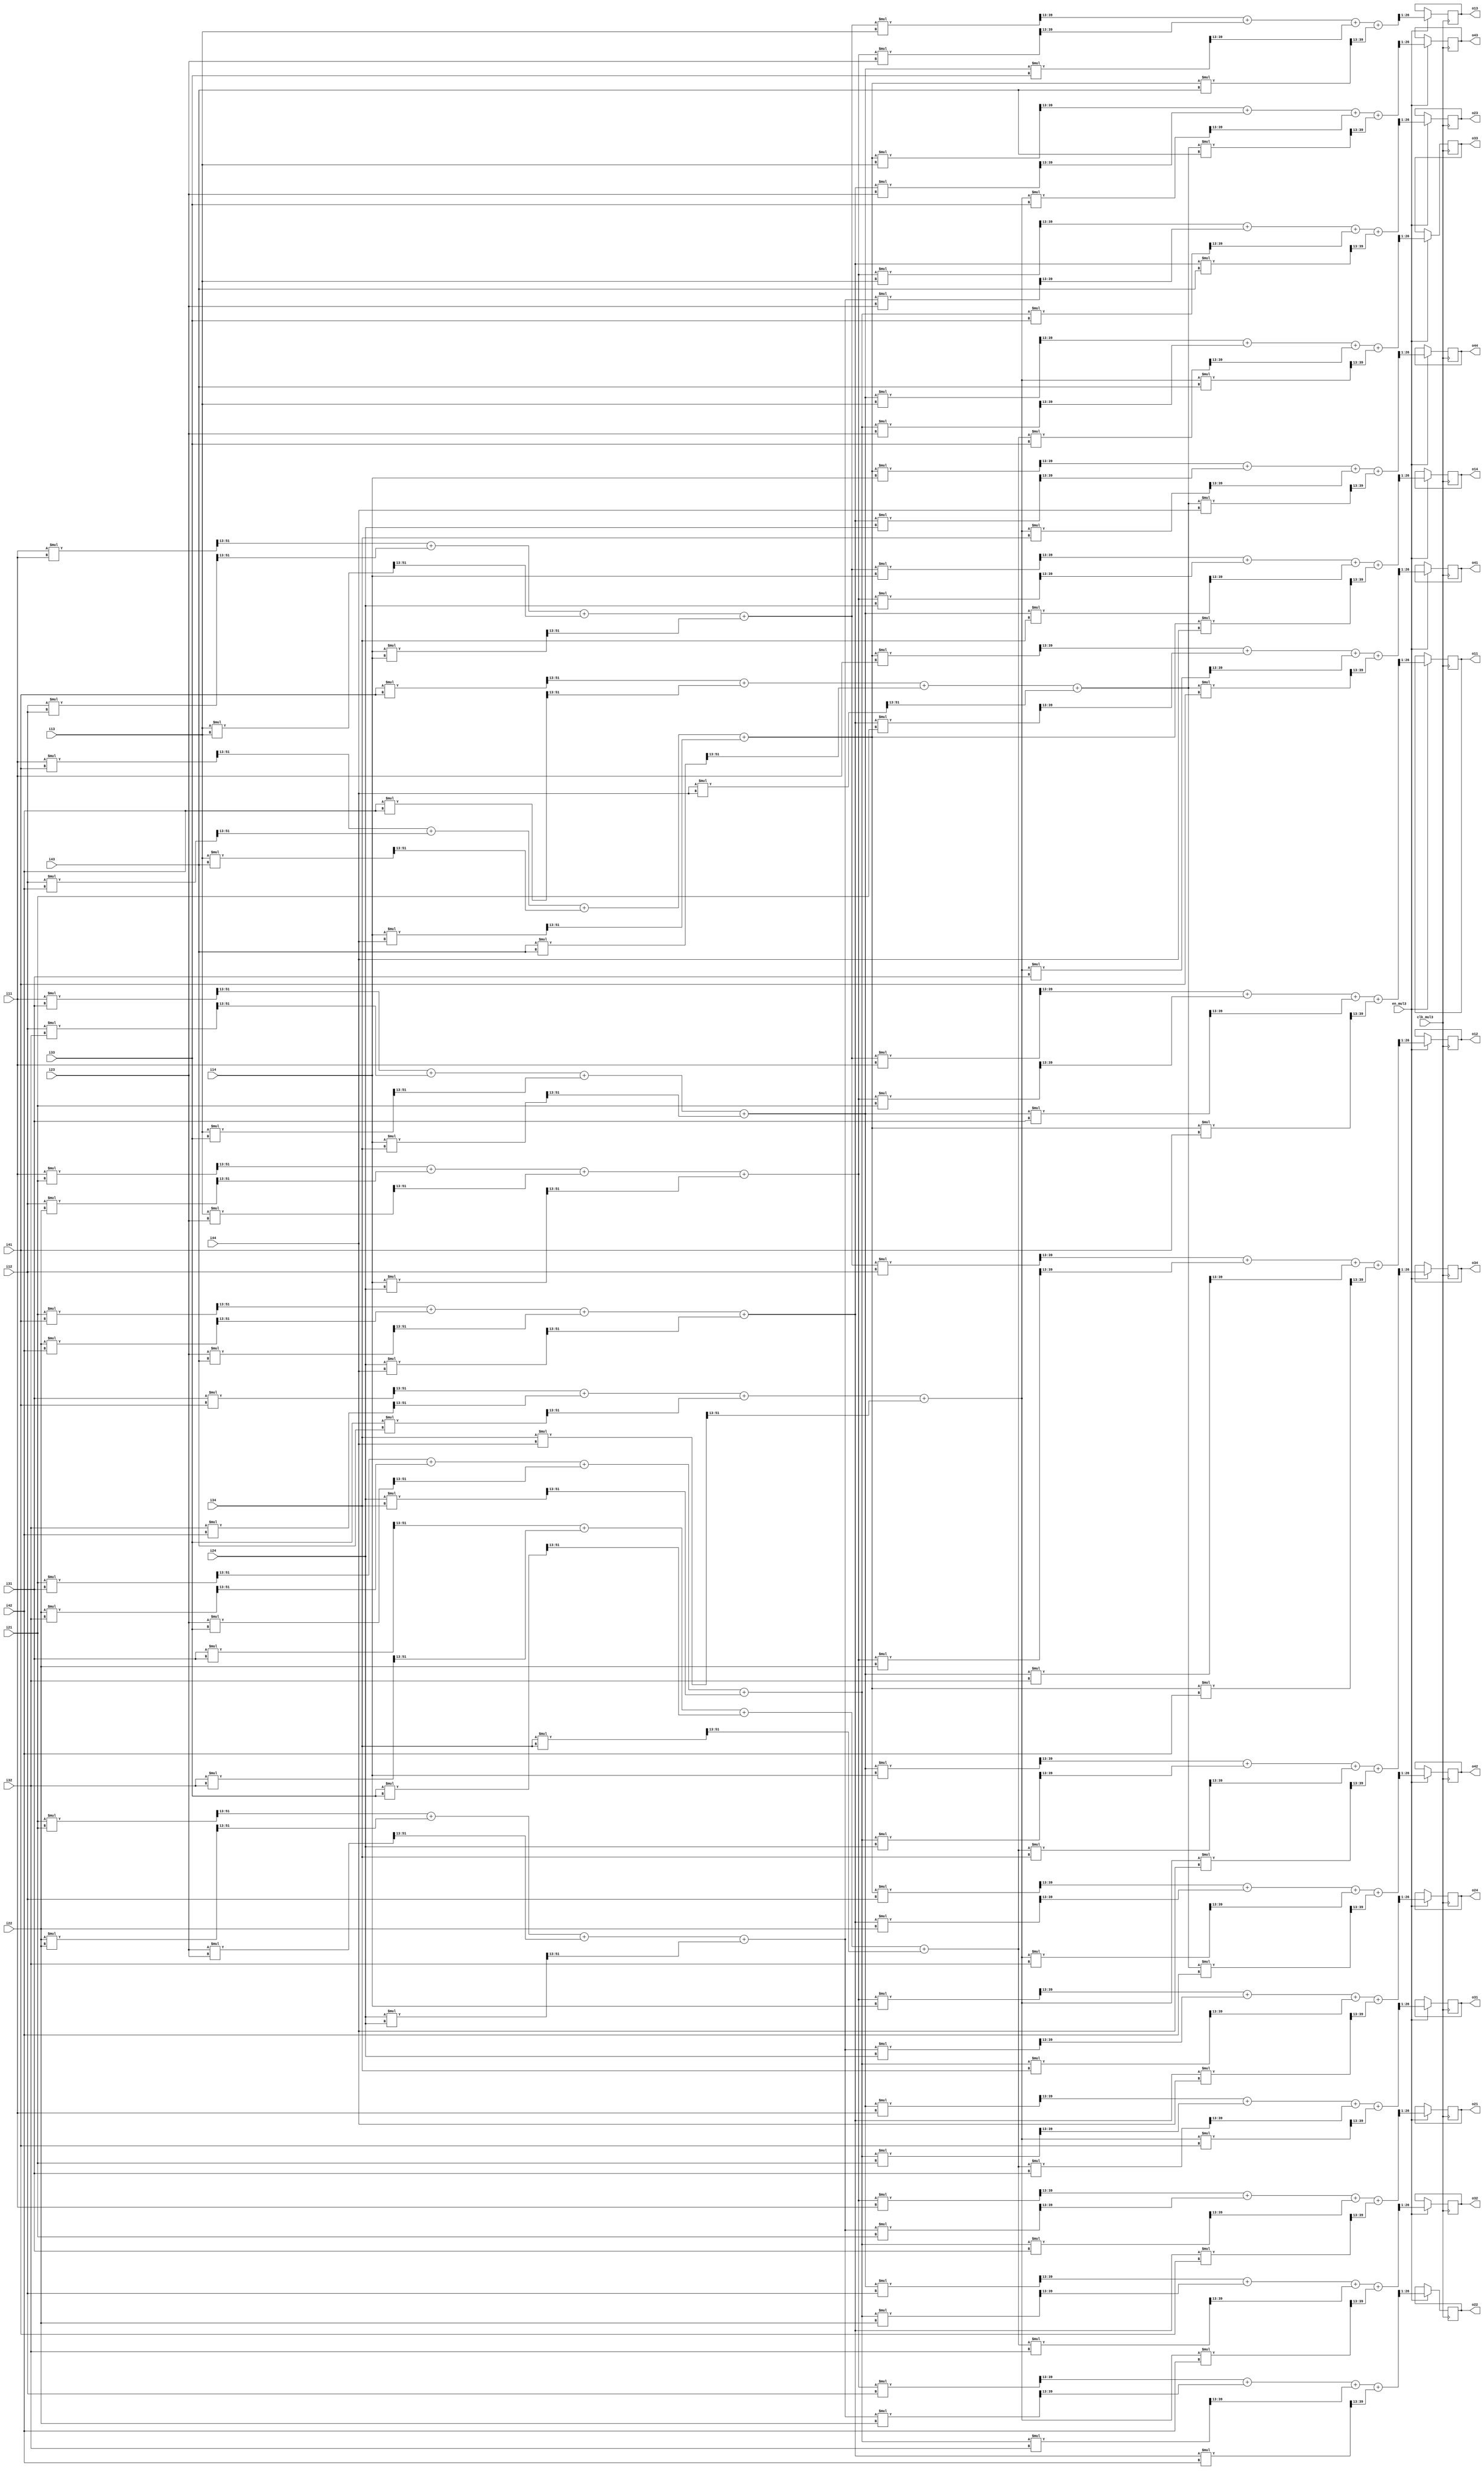
module SYMM_MUL3 (
    input clk_mul3,
    input en_mul3,

    input signed [25:0] i11, i12, i13, i14,
    input signed [25:0] i21, i22, i23, i24,
    input signed [25:0] i31, i32, i33, i34,
    input signed [25:0] i41, i42, i43, i44,

    output reg signed [25:0] o11, o12, o13, o14,
    output reg signed [25:0] o21, o22, o23, o24,
    output reg signed [25:0] o31, o32, o33, o34,
    output reg signed [25:0] o41, o42, o43, o44
);

reg signed [51:0] wwT11, wwT12, wwT13, wwT14;
reg signed [51:0] wwT21, wwT22, wwT23, wwT24;
reg signed [51:0] wwT31, wwT32, wwT33, wwT34;
reg signed [51:0] wwT41, wwT42, wwT43, wwT44;

reg signed [51:0] wwTw11, wwTw12, wwTw13, wwTw14;
reg signed [51:0] wwTw21, wwTw22, wwTw23, wwTw24;
reg signed [51:0] wwTw31, wwTw32, wwTw33, wwTw34;
reg signed [51:0] wwTw41, wwTw42, wwTw43, wwTw44;

always @(*) begin
    wwT11 = ((i11 * i11) >>> 13) + ((i12 * i12) >>> 13) + ((i13 * i13) >>> 13) + ((i14 * i14) >>> 13);
    wwT12 = ((i11 * i21) >>> 13) + ((i12 * i22) >>> 13) + ((i13 * i23) >>> 13) + ((i14 * i24) >>> 13);
    wwT13 = ((i11 * i31) >>> 13) + ((i12 * i32) >>> 13) + ((i13 * i33) >>> 13) + ((i14 * i34) >>> 13);
    wwT14 = ((i11 * i41) >>> 13) + ((i12 * i42) >>> 13) + ((i13 * i43) >>> 13) + ((i14 * i44) >>> 13);
    wwT21 = ((i21 * i11) >>> 13) + ((i22 * i12) >>> 13) + ((i23 * i13) >>> 13) + ((i24 * i14) >>> 13);
    wwT22 = ((i21 * i21) >>> 13) + ((i22 * i22) >>> 13) + ((i23 * i23) >>> 13) + ((i24 * i24) >>> 13);
    wwT23 = ((i21 * i31) >>> 13) + ((i22 * i32) >>> 13) + ((i23 * i33) >>> 13) + ((i24 * i34) >>> 13);
    wwT24 = ((i21 * i41) >>> 13) + ((i22 * i42) >>> 13) + ((i23 * i43) >>> 13) + ((i24 * i44) >>> 13);
    wwT31 = ((i31 * i11) >>> 13) + ((i32 * i12) >>> 13) + ((i33 * i13) >>> 13) + ((i34 * i14) >>> 13);
    wwT32 = ((i31 * i21) >>> 13) + ((i32 * i22) >>> 13) + ((i33 * i23) >>> 13) + ((i34 * i24) >>> 13);
    wwT33 = ((i31 * i31) >>> 13) + ((i32 * i32) >>> 13) + ((i33 * i33) >>> 13) + ((i34 * i34) >>> 13);
    wwT34 = ((i31 * i41) >>> 13) + ((i32 * i42) >>> 13) + ((i33 * i43) >>> 13) + ((i34 * i44) >>> 13);
    wwT41 = ((i41 * i11) >>> 13) + ((i42 * i12) >>> 13) + ((i43 * i13) >>> 13) + ((i44 * i14) >>> 13);
    wwT42 = ((i41 * i21) >>> 13) + ((i42 * i22) >>> 13) + ((i43 * i23) >>> 13) + ((i44 * i24) >>> 13);
    wwT43 = ((i41 * i31) >>> 13) + ((i42 * i32) >>> 13) + ((i43 * i33) >>> 13) + ((i44 * i34) >>> 13);
    wwT44 = ((i41 * i41) >>> 13) + ((i42 * i42) >>> 13) + ((i43 * i43) >>> 13) + ((i44 * i44) >>> 13);

    wwTw11 = ((wwT11 * i11) >>> 13) + ((wwT12 * i21) >>> 13) + ((wwT13 * i31) >>> 13) + ((wwT14 * i41) >>> 13);
    wwTw12 = ((wwT11 * i12) >>> 13) + ((wwT12 * i22) >>> 13) + ((wwT13 * i32) >>> 13) + ((wwT14 * i42) >>> 13);
    wwTw13 = ((wwT11 * i13) >>> 13) + ((wwT12 * i23) >>> 13) + ((wwT13 * i33) >>> 13) + ((wwT14 * i43) >>> 13);
    wwTw14 = ((wwT11 * i14) >>> 13) + ((wwT12 * i24) >>> 13) + ((wwT13 * i34) >>> 13) + ((wwT14 * i44) >>> 13);
    wwTw21 = ((wwT21 * i11) >>> 13) + ((wwT22 * i21) >>> 13) + ((wwT23 * i31) >>> 13) + ((wwT24 * i41) >>> 13);
    wwTw22 = ((wwT21 * i12) >>> 13) + ((wwT22 * i22) >>> 13) + ((wwT23 * i32) >>> 13) + ((wwT24 * i42) >>> 13);
    wwTw23 = ((wwT21 * i13) >>> 13) + ((wwT22 * i23) >>> 13) + ((wwT23 * i33) >>> 13) + ((wwT24 * i43) >>> 13);
    wwTw24 = ((wwT21 * i14) >>> 13) + ((wwT22 * i24) >>> 13) + ((wwT23 * i34) >>> 13) + ((wwT24 * i44) >>> 13);
    wwTw31 = ((wwT31 * i11) >>> 13) + ((wwT32 * i21) >>> 13) + ((wwT33 * i31) >>> 13) + ((wwT34 * i41) >>> 13);
    wwTw32 = ((wwT31 * i12) >>> 13) + ((wwT32 * i22) >>> 13) + ((wwT33 * i32) >>> 13) + ((wwT34 * i42) >>> 13);
    wwTw33 = ((wwT31 * i13) >>> 13) + ((wwT32 * i23) >>> 13) + ((wwT33 * i33) >>> 13) + ((wwT34 * i43) >>> 13);
    wwTw34 = ((wwT31 * i14) >>> 13) + ((wwT32 * i24) >>> 13) + ((wwT33 * i34) >>> 13) + ((wwT34 * i44) >>> 13);
    wwTw41 = ((wwT41 * i11) >>> 13) + ((wwT42 * i21) >>> 13) + ((wwT43 * i31) >>> 13) + ((wwT44 * i41) >>> 13);
    wwTw42 = ((wwT41 * i12) >>> 13) + ((wwT42 * i22) >>> 13) + ((wwT43 * i32) >>> 13) + ((wwT44 * i42) >>> 13);
    wwTw43 = ((wwT41 * i13) >>> 13) + ((wwT42 * i23) >>> 13) + ((wwT43 * i33) >>> 13) + ((wwT44 * i43) >>> 13);
    wwTw44 = ((wwT41 * i14) >>> 13) + ((wwT42 * i24) >>> 13) + ((wwT43 * i34) >>> 13) + ((wwT44 * i44) >>> 13);
end

always @(posedge clk_mul3) begin
    if (en_mul3) begin
        o11 <= wwTw11 >>> 1; o12 <= wwTw12 >>> 1; o13 <= wwTw13 >>> 1; o14 <= wwTw14 >>> 1;
        o21 <= wwTw21 >>> 1; o22 <= wwTw22 >>> 1; o23 <= wwTw23 >>> 1; o24 <= wwTw24 >>> 1;
        o31 <= wwTw31 >>> 1; o32 <= wwTw32 >>> 1; o33 <= wwTw33 >>> 1; o34 <= wwTw34 >>> 1;
        o41 <= wwTw41 >>> 1; o42 <= wwTw42 >>> 1; o43 <= wwTw43 >>> 1; o44 <= wwTw44 >>> 1;
    end else begin
        // o11 <= i11; o12 <= i12; o13 <= i13; o14 <= i14;
        // o21 <= i21; o22 <= i22; o23 <= i23; o24 <= i24;
        // o31 <= i31; o32 <= i32; o33 <= i33; o34 <= i34;
        // o41 <= i41; o42 <= i42; o43 <= i43; o44 <= i44;
    end
end
    
endmodule